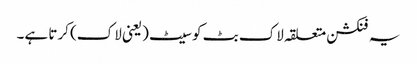
یہ فنکشن متعلقہ لاک بٹ کو سیٹ (یعنی لاک) کرتا ہے۔